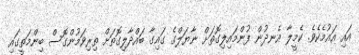
އައި އައުމެކެވެ. ކެމީލާ އެނދުން ފުންމައިލިގޮތަށް ނާޔަލްގެ ގައިގާ ބައްދާލިގޮތަށް ތިރިވަމުންގޮސް ބިންމަތީގައި